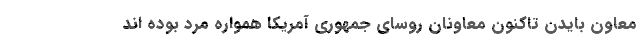
معاون بایدن تاکنون معاونان روسای جمهوری آمریکا همواره مرد بوده اند